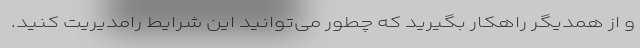
و از همدیگر راهکار بگیرید که چطور می‌توانید این شرایط رامدیریت کنید.